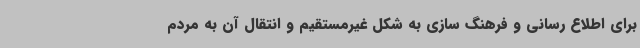
برای اطلاع رسانی‌ و فرهنگ سازی به شکل غیرمستقیم و انتقال آن به مردم